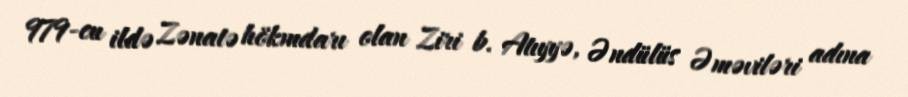
979-cu ildə Zənatə hökmdarı olan Ziri b. Atıyyə, Əndülüs Əməviləri adına